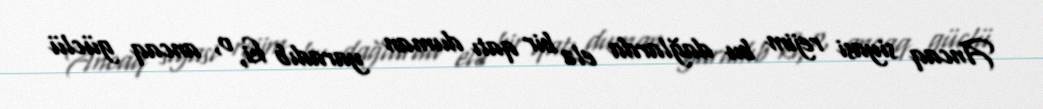
Ancaq siyasi rejim bu dağlarda elə bir qatı duman yaradıb ki, o, ancaq güclü